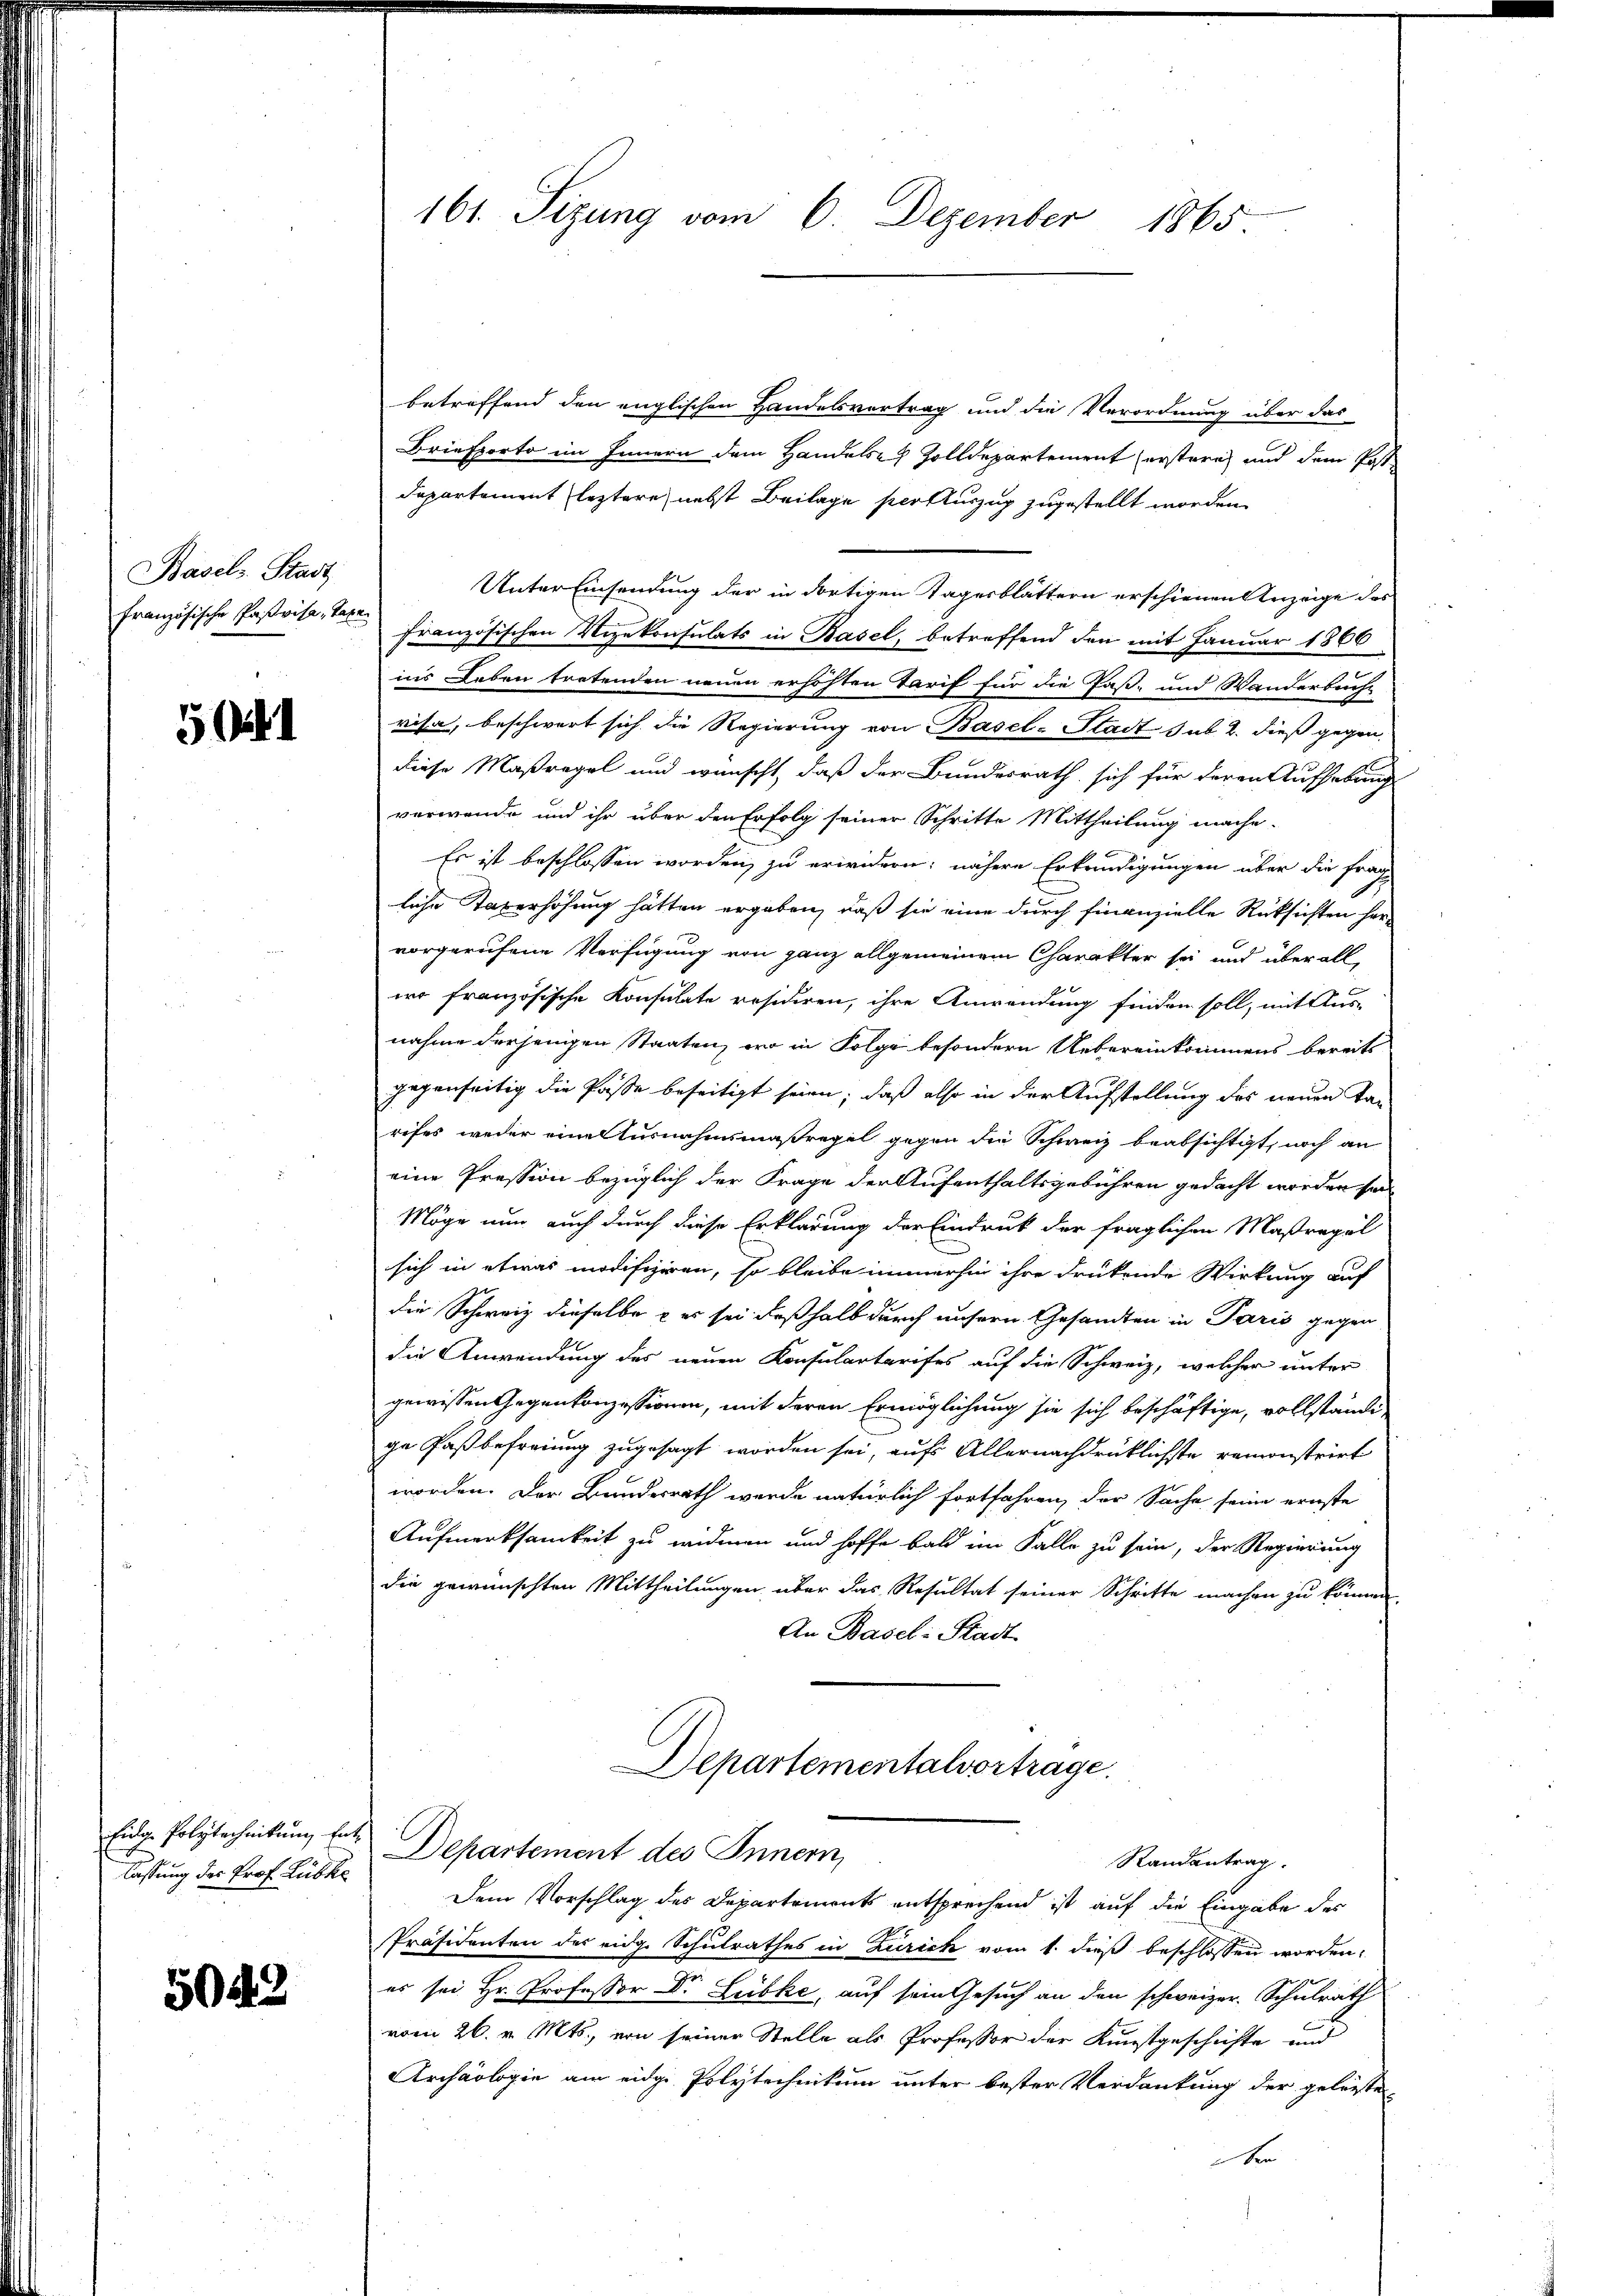
Basels Stadt
französische Paßvisa, Taxe

5

Eidg. Polytechnikum Ent-
lassung des Prof. Lübke

5043

161. Sizung vom 6. Dezember 1865.

betreffend den englischen Handelsvertrag und die Verordnung über das
Briefporto im Innern dem Handelsch Zolldepartement erstern und dem Postdepartement leztere, nebst Beilage per Auszug zugestellt worden.
Unter Einsendung der in dortigen Tagerblättern erschienen Anzeige des
französischen Vizekonsulats in Basel, betreffend den mit Januar 1866
ins Leben tretenden neuen erhöhten Tarif für die Paß- und Wanderbuche
risa, beschwert sich die Regierung von Basel-Stadt sub. 2. dieß gegendiese Maßregel und wünscht, daß der Bundesrath, sich für deren Aufhebung
verwende und ihr über den Erfolg seiner Schritte Mittheilung mache.
Es ist beschlossen worden, zu erwidern; nähere Erkundigungen über die Frag
liche Taxerhöhung hätten ergaben, daß sie eine durch finanzielle Rüksichten hervorgerufene Verfügung von ganz allgemeinem Charakter sei und überall,
wo französische Konsulate residiren, ihre Anwendung finden soll, mit Aus-
nahme derjenigen Staaten, wo in Folge besondern Uebereinkommens bereits
gegenseitig die Pässe beseitigt seien; daß also in der Aufstellung des neuen Tarufes weder eine Turnahmsmaßregel gegen die Schweiz beabsichtigt, noch an
eine Pression bezüglich der Frage der Aufenthaltsgebühren gedacht worden sei
Möge nun auch durch diese Erklärung der Eindruck der fraglichen Maßregel
sich in etwas modifiziren, so bleibe immerhin ihre drükende Wirkung auf
die Schweiz dieselbe er sei deßhalb durch unsern Gesandten in Paris gegen
die Anwendung des neuen Konsulartarises auf die Schweiz, welcher unter
gewissen Gegenkonzessionen, mit deren Ermöglichung sie sich beschäftige, vollstände
ge Paßbefreiung zugesagt worden sei, aufs Allernachdrüklichste remonstrirt
worden. Der Bundesrath werde natürlich fortfahren, der Sache seine ernste
Aufmerksamkeit zu widmen und hoffe bald im Falle zu sein, der Regierung
die gewünschten Mittheilungen, über das Resultat seiner Schritte machen zu können,
An Basel-Stadt
Departementalvertrage.

Departement des Innern,
Randantrag.
Dem Vorschlag des Departements entsprechend ist auf die Eingabe des

Präsidenten des eidg. Schulrathes in Zurick vom 1. dieß beschlossen worden,
es sei Hr. Professor Dr. Lübke, auf sein Gesuch an den schweizer. Schulrath
vom 26. v. Mts., von seiner Stelle als Professor der Kunstgeschichte und
Archäologie am eidge Polytechnikum unter bester Verdankung der gelegte
n